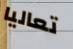
تعاليا